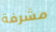
مشرفة